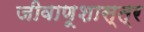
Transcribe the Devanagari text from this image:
जीवाणूशास्त्र